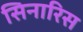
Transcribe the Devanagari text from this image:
सिनारिस